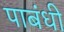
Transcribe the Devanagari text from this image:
पाबंधी